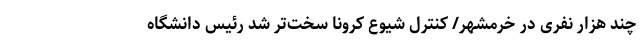
چند هزار نفری در خرمشهر/ کنترل شیوع کرونا ‌سخت‌تر شد رئیس دانشگاه